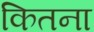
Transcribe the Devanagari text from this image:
कितना